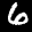
Label: 6